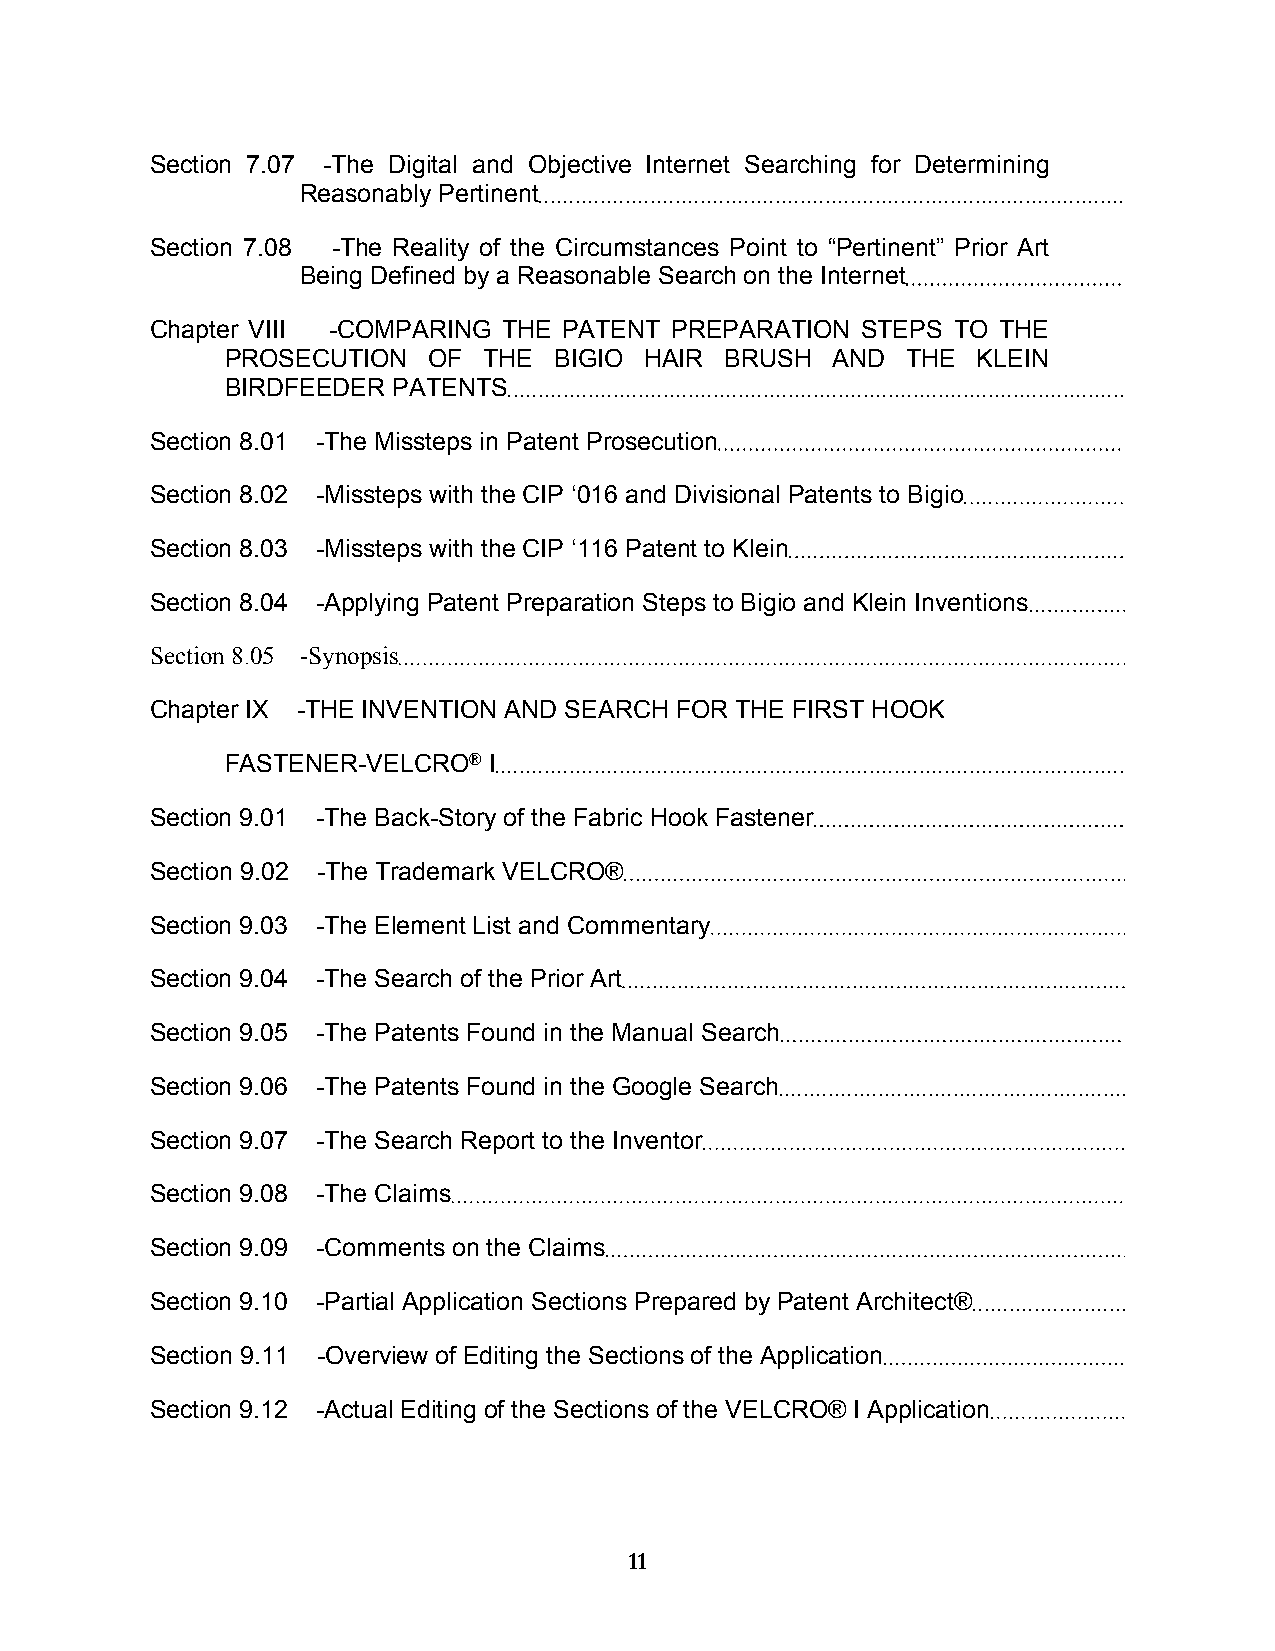
Section 7.07 -The Digital and Objective Internet Searching for Determining
 Reasonably Pertinent
 Section 7.08 -The Reality of the Circumstances Point to “Pertinent” Prior Art
 Being Defined by a Reasonable Search on the Internet
 Chapter VIII -COMPARING THE PATENT PREPARATION STEPS TO THE
 PROSECUTION  OF  THE  BIGIO HAIR BRUSH  AND  THE  KLEIN
 BIRDFEEDER PATENTS
 Section 8.01 -The Missteps in Patent Prosecution
 Section 8.02 -Missteps with the CIP ‘016 and Divisional Patents to Bigio
 Section 8.03 -Missteps with the CIP ‘116 Patent to Klein
 Section 8.04 -Applying Patent Preparation Steps to Bigio and Klein Inventions
 Section 8.05 -Synopsis
 Chapter IX -THE INVENTION AND SEARCH FOR THE FIRST HOOK
 FASTENER-VELCRO® I
 Section 9.01 -The Back-Story of the Fabric Hook Fastener
 Section 9.02 -The Trademark VELCRO®
 Section 9.03 -The Element List and Commentary
 Section 9.04 -The Search of the Prior Art
 Section 9.05 -The Patents Found in the Manual Search
 Section 9.06 -The Patents Found in the Google Search
 Section 9.07 -The Search Report to the Inventor
 Section 9.08 -The Claims
 Section 9.09 -Comments on the Claims
 Section 9.10 -Partial Application Sections Prepared by Patent Architect®
 Section 9.11 -Overview of Editing the Sections of the Application
 Section 9.12 -Actual Editing of the Sections of the VELCRO® I Application
 11